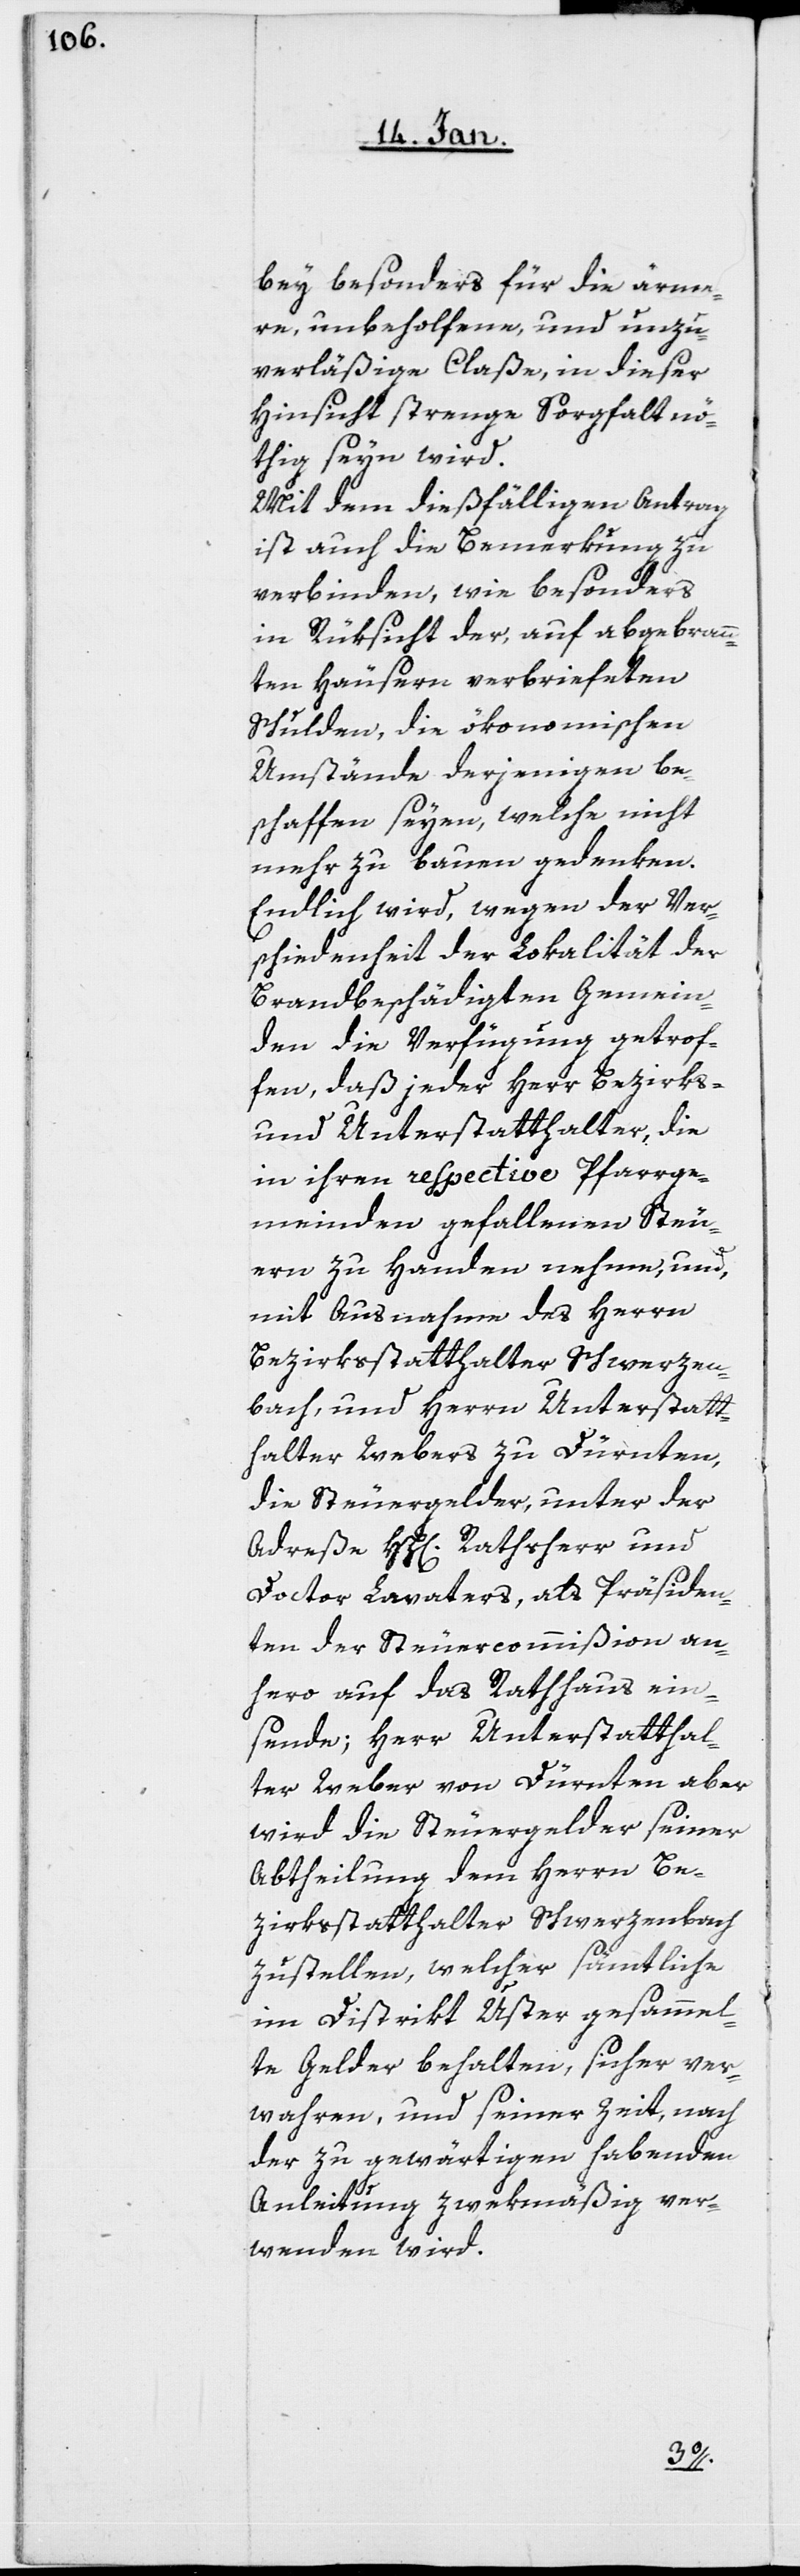
bey besonders für die ärme¬
re, unbeholfene, und unzu¬
verläßige Claße, in dieser
Hinsicht strenge Sorgfalt nö¬
thig seyn wird.
Mit dem dießfälligen Antrag
ist auch die Bemerkung zu
verbinden, wie besonders
in Rücksicht der, auf abgebrann¬
ten Häusern verbriefeten
Schulden, die ökonomischen
Umstände derjenigen be¬
schaffen seyen, welche nicht
mehr zu bauen gedenken.
Endlich wird, wegen der Ver¬
schiedenheit der Lokalität der
Brandbeschädigten Gemein¬
den die Verfügung getrof¬
fen, daß jeder Herr Bezirks-
und Unterstatthalter, die
in ihren respective Pfarrge¬
meinden gefallenen Steu¬
ern zu Handen nehmen, und,
mit Ausnahme des Herrn
Bezirksstatthalter Schwerzen¬
bach, und Herrn Unterstatt¬
halter Webers zu Dürnten,
die Steuergelder unter der
Adreße HH[erren] Rathsherr und
Doctor Lavaters, als Präsiden¬
ten der Steuercommißion an¬
hero auf das Rathhaus ein¬
sende; Herr Unterstatthal¬
ter Weber von Dürnten aber
wird die Steuergelder seiner
Abtheilung dem Herrn Be¬
zirksstatthalter Schwerzenbach
zustellen, welcher sämtliche
im Distrikt Uster gesammel¬
te Gelder behalten, sicher ver¬
wahren, und seiner Zeit, nach
der zu gewärtigen habenden
Anleitung zwekmäßig ver¬
wenden wird.